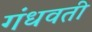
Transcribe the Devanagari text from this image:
गंधवती